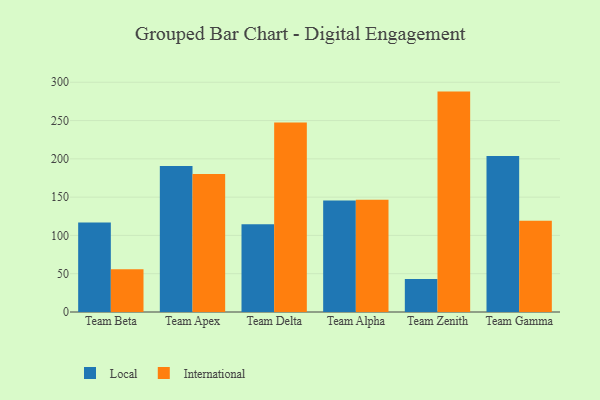
{"axis": {"x": "Team", "y": "Revenue (USD Million)"}, "legend": ["International", "Local"], "data": [{"x": "Team Beta", "y": 116.9, "type": "Local"}, {"x": "Team Beta", "y": 55.9, "type": "International"}, {"x": "Team Apex", "y": 190.7, "type": "Local"}, {"x": "Team Apex", "y": 180.2, "type": "International"}, {"x": "Team Delta", "y": 114.5, "type": "Local"}, {"x": "Team Delta", "y": 247.4, "type": "International"}, {"x": "Team Alpha", "y": 145.7, "type": "Local"}, {"x": "Team Alpha", "y": 146.5, "type": "International"}, {"x": "Team Zenith", "y": 43.0, "type": "Local"}, {"x": "Team Zenith", "y": 287.8, "type": "International"}, {"x": "Team Gamma", "y": 203.7, "type": "Local"}, {"x": "Team Gamma", "y": 119.1, "type": "International"}]}